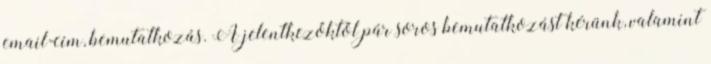
email-cím, bemutatkozás. A jelentkezőktől pár soros bemutatkozást kérünk, valamint